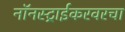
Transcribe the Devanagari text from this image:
नॉनस्ट्राईकरवरचा